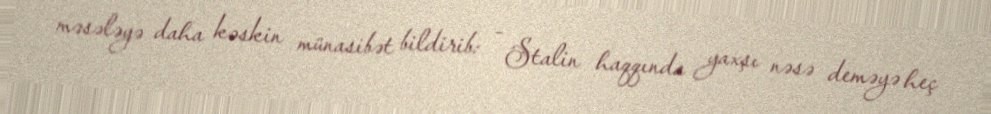
məsələyə daha kəskin münasibət bildirib: - Stalin haqqında yaxşı nəsə deməyə heç